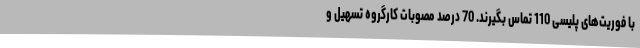
با فوریت‌های پلیسی 110 تماس بگیرند. 70 درصد مصوبات کارگروه تسهیل و